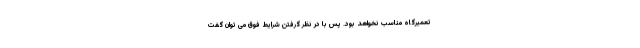
تعمیرگاه مناسب نخواهد بود. پس با در نظر گرفتن شرایط فوق می توان گفت